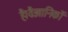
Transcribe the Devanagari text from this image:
है।वैज्ञानिकों